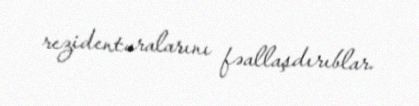
rezidenturalarını fəallaşdırıblar.